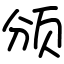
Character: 颁